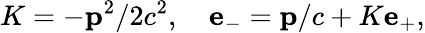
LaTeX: K=-{\mathbf p}^{2}/2c^{2},\quad{\mathbf e}_{-}={\mathbf p}/c+K{\mathbf e}_{+},